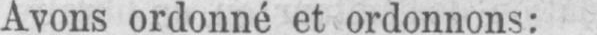
Avons ordonné et ordonnons: